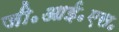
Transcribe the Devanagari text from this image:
जी॰आई॰एस॰